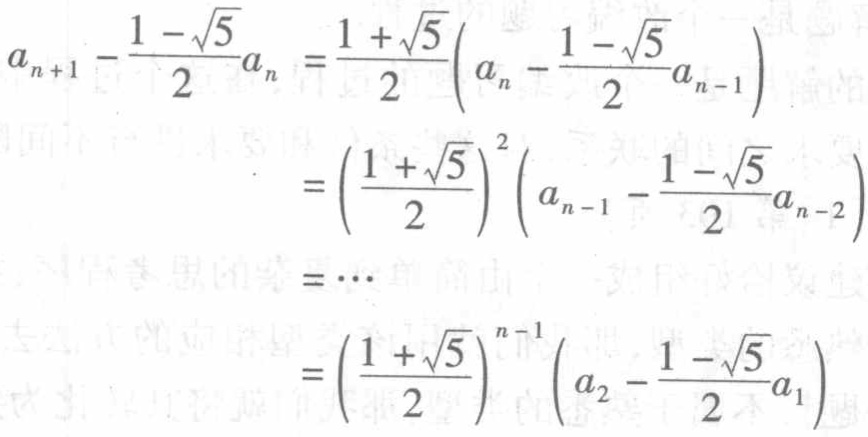
\[
\begin{align*}
a_{n + 1} - \frac{1 - \sqrt{5}}{2}a_{n}&=\frac{1 + \sqrt{5}}{2}\left(a_{n} - \frac{1 - \sqrt{5}}{2}a_{n - 1}\right)\\
&=\left(\frac{1 + \sqrt{5}}{2}\right)^{2}\left(a_{n - 1} - \frac{1 - \sqrt{5}}{2}a_{n - 2}\right)\\
&=\cdots\\
&=\left(\frac{1 + \sqrt{5}}{2}\right)^{n - 1}\left(a_{2} - \frac{1 - \sqrt{5}}{2}a_{1}\right)
\end{align*}
\]